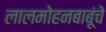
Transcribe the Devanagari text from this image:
लालमोहनबाबूंचे